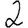
Digit: 2